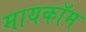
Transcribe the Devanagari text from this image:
मायकॉम